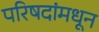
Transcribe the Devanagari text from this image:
परिषदांमधून